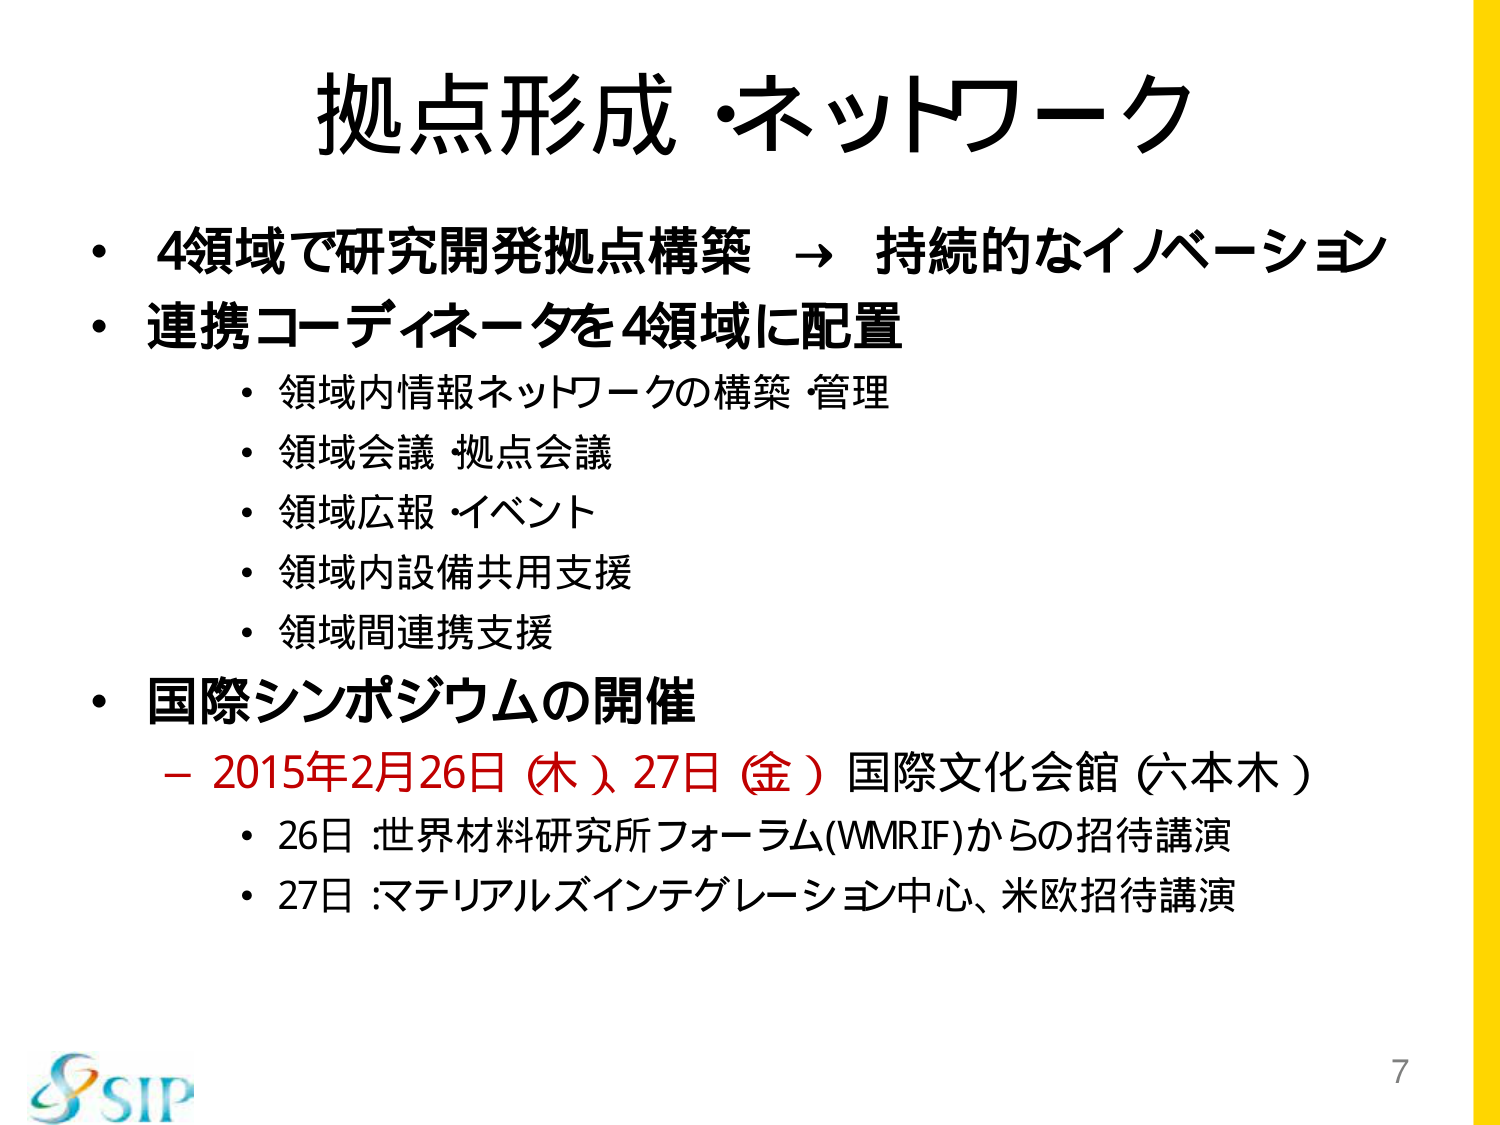
拠点形成・ネットワーク

・4領域で研究開発拠点構築 → 持続的なイノベーション
・連携コーディネータを4領域に配置
　・領域内情報ネットワークの構築・管理
　・領域会議・拠点会議
　・領域広報・イベント
　・領域内設備共用支援
　・領域間連携支援
・国際シンポジウムの開催
　－2015年2月26日（木）27日（金）国際文化会館（六本木）
　　・26日：世界材料研究所フォーラム(WMRIF)からの招待講演
　　・27日：マテリアルズインテグレーション中心、米欧招待講演

SIP
7